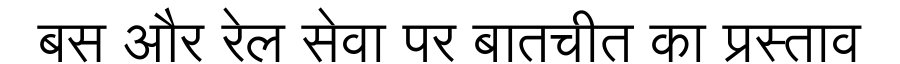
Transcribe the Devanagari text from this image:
बस और रेल सेवा पर बातचीत का प्रस्ताव